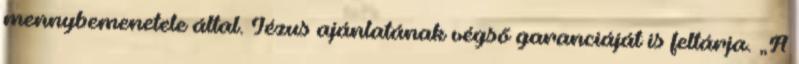
mennybemenetele által. Jézus ajánlatának végső garanciáját is feltárja. „A